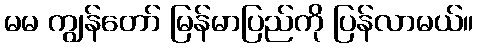
မမ ကျွန်တော် မြန်မာပြည်ကို ပြန်လာမယ်။